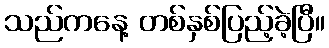
သည်ကနေ့ တစ်နှစ်ပြည့်ခဲ့ပြီ။